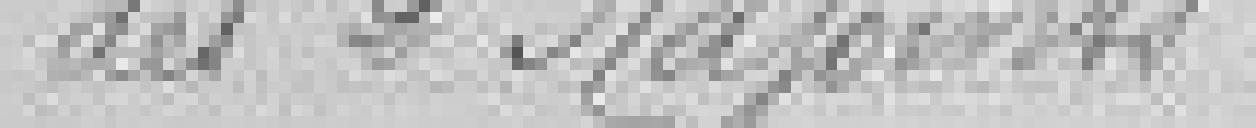
des 2 Adjoints.